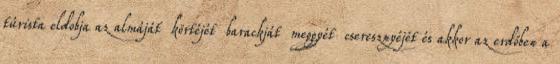
túrista eldobja az almáját körtéjét barackját meggyét cseresznyéjét és akkor az erdőben a